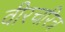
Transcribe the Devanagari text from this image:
वीरचरित्र